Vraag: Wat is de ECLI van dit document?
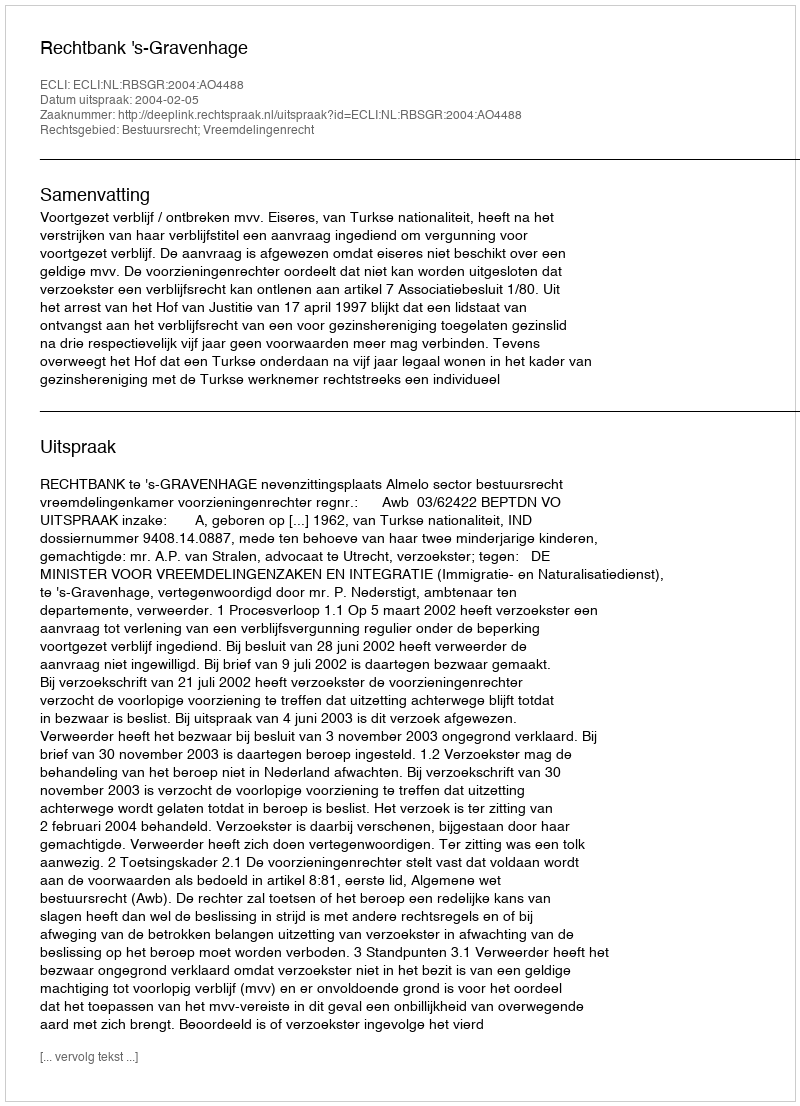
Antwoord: ECLI:NL:RBSGR:2004:AO4488